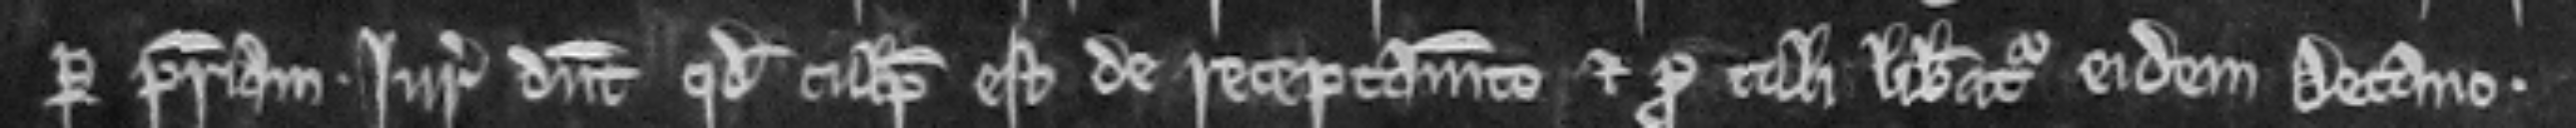
per patriam. Juratores dicunt quod culpabilis est de receptamento et pro tali liberatur eidem Decano.